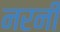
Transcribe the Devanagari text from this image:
नरनी